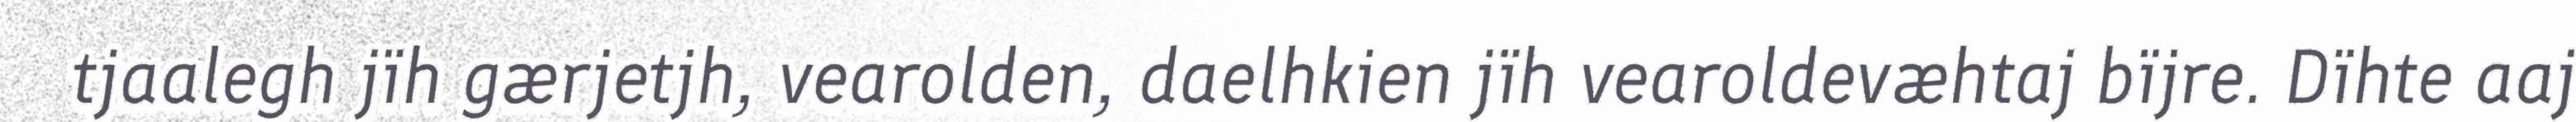
tjaalegh jïh gærjetjh, vearolden, daelhkien jïh vearoldevæhtaj bïjre. Dïhte aaj